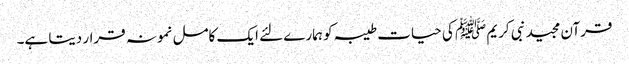
قرآن مجید نبی کریم ﷺ کی حیات طیبہ کو ہمارے لئے ایک کامل نمونہ قرار دیتا ہے۔